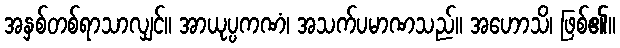
အနှစ်တစ်ရာသာလျှင်။ အာယုပ္ပကဏံ၊ အသက်ပမာဏသည်။ အဟောသိ၊ ဖြစ်၏။